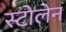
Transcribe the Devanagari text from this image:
स्टोलेन